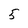
Character: 5